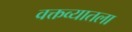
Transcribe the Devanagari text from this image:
वक्तव्यातला